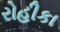
રોહીકા